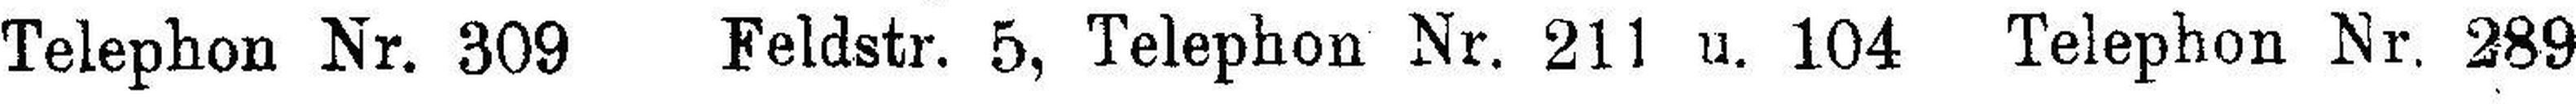
Telephon Nr. 309 Feldstr. 5, Telephon Nr. 211 u. 104 Telephon Nr. 289